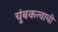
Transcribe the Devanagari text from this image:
चुंबकत्वाची